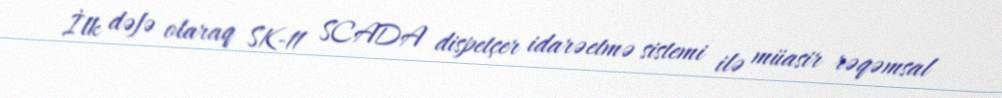
İlk dəfə olaraq SK-11 SCADA dispetçer idarəetmə sistemi ilə müasir rəqəmsal